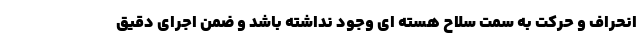
انحراف و حرکت به سمت سلاح هسته ای وجود نداشته باشد و ضمن اجرای دقیق